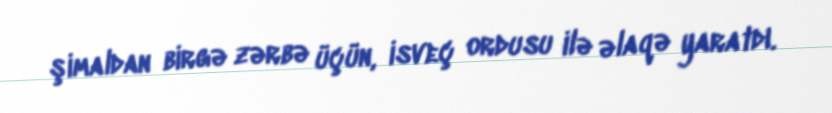
şimaldan birgə zərbə üçün, isveç ordusu ilə əlaqə yaratdı.